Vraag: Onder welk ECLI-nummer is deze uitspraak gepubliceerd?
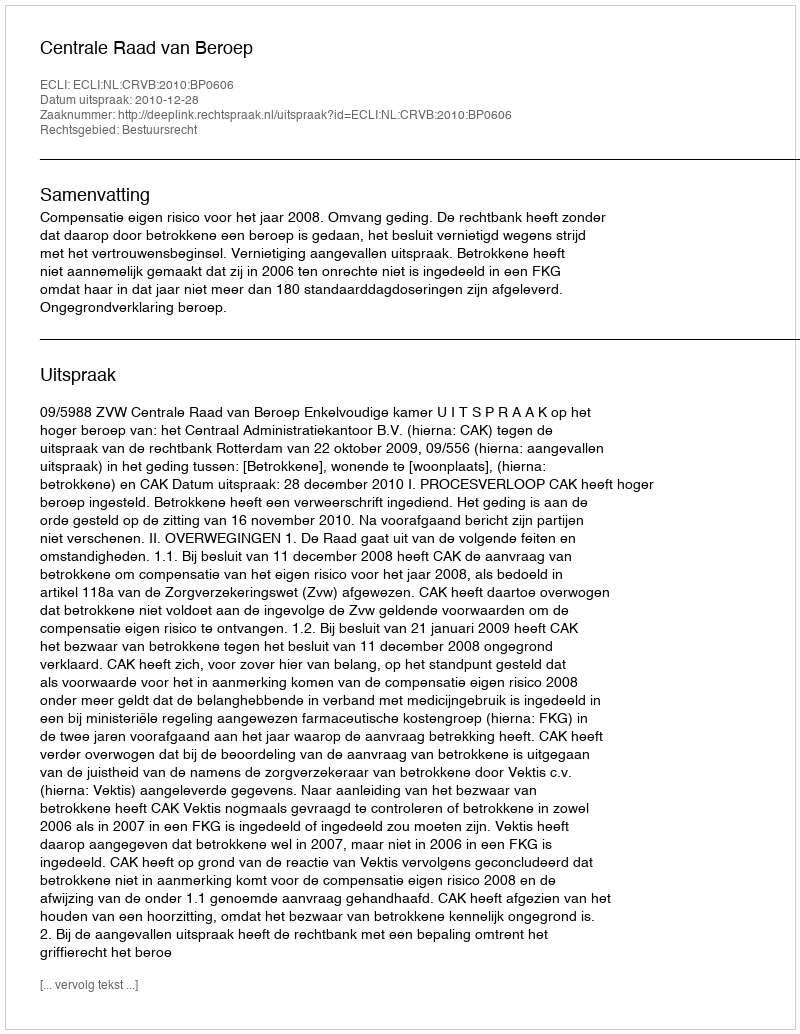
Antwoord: ECLI:NL:CRVB:2010:BP0606